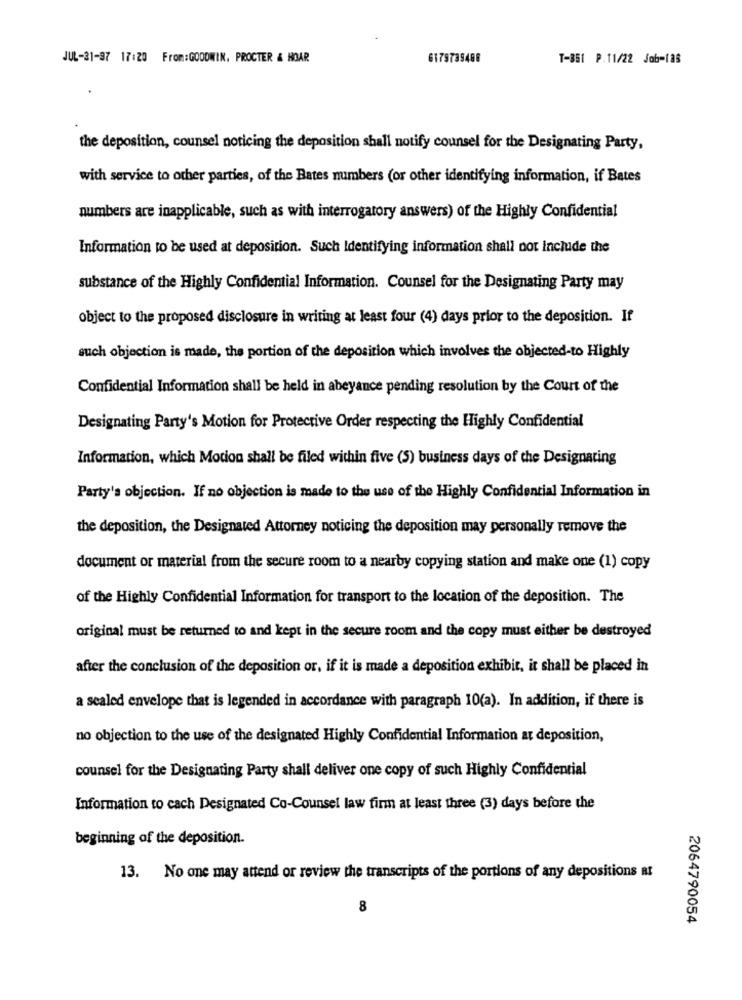
JUL-31-97 17:20 From:GOODWIN, PROCTER & HOAR
6179739488
T-351 P.11/22 Job-188
the deposition, counsel noticing the deposition shall notify counsel for the Designating Party,
with service to other parties, of the Bates numbers (or other identifying information, if Bates
numbers are inapplicable, such as with interrogatory answers) of the Highly Confidential
Information to be used at deposition. Such Identifying information shall not include the
substance of the Highly Confidential Information. Counsel for the Designating Party may
object to the proposed disclosure in writing at least four (4) days prior to the deposition. If
such objection is made, the portion of the deposition which involves the objected-to Highly
Confidential Information shall be held in abeyance pending resolution by the Court of the
Designating Party's Motion for Protective Order respecting the Highly Confidential
Information, which Motion shall be filed within five (5) business days of the Designating
Party's objection. If no objection is made to the use of the Highly Confidential Information in
the deposition, the Designated Attorney noticing the deposition may personally remove the
document or material from the secure room to a nearby copying station and make one (1) copy
of the Highly Confidential Information for transport to the location of the deposition. The
original must be returned to and kept in the secure room and the copy must either be destroyed
after the conclusion of the deposition or, if it is made a deposition exhibit, it shall be placed in
a sealed envelope that is legended in accordance with paragraph 10(a). In addition, if there is
no objection to the use of the designated Highly Confidential Information at deposition,
counsel for the Designating Party shall deliver one copy of such Highly Confidential
Information to cach Designated Co-Counsel law firm at least three (3) days before the
beginning of the deposition.
13. No one may attend or review the transcripts of the portions of any depositions at
8
2064790054